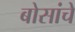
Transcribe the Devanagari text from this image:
बोसांचे